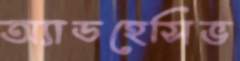
অ্যাডহেসিভ